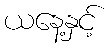
ယနေ့နှင့်